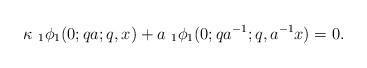
LaTeX: \begin{align*}\kappa\,\,_{1}\phi_{1}(0;qa;q,x)+a\,\,_{1}\phi_{1}(0;qa^{-1};q,a^{-1}x)=0.\end{align*}